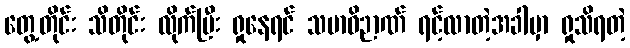
တွေ့တိုင်း သိတိုင်း လိုက်ပြီး ရှုနေရင် သမာဓိဉာဏ် ရင့်လာတဲ့အခါမှာ ရှုသိရတဲ့